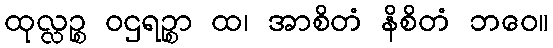
ထုလ္လဉ္စ ဝဌရဉ္စာ ထ၊ အာစိတံ နိစိတံ ဘဝေ။